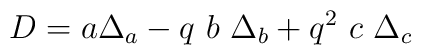
D = a \Delta_a - q\  b \ \Delta_b + q^2\   c\  \Delta _c